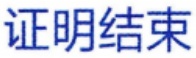
\qedhere